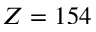
Z = 1 5 4